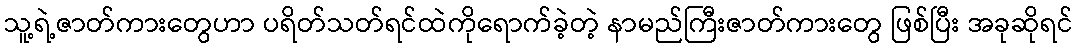
သူ့ရဲ့ဇာတ်ကားတွေဟာ ပရိတ်သတ်ရင်ထဲကိုရောက်ခဲ့တဲ့ နာမည်ကြီးဇာတ်ကားတွေ ဖြစ်ပြီး အခုဆိုရင်